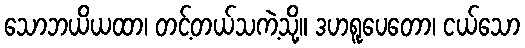
သောဘယိယထာ၊ တင့်တယ်သကဲ့သို့။ ဒဟရူပေတော၊ ငယ်သော